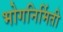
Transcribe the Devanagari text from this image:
भोगनिर्मिती